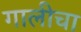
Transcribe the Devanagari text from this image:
गालीचा